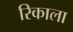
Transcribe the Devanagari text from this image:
रिकाला